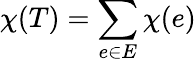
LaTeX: \chi(T)=\sum_{e\in E}\chi(e)